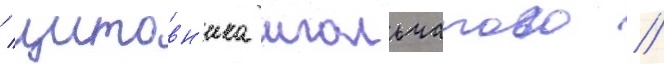
/ щитовн'ика игольчатого /